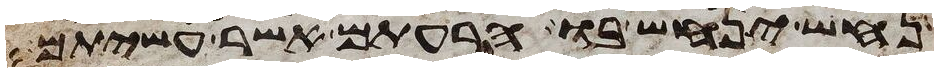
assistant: נחש ינחש בו הרעתם אשר עשיתם